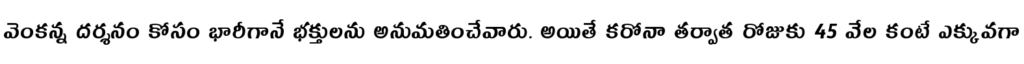
వెంకన్న దర్శనం కోసం భారీగానే భక్తులను అనుమతించేవారు. అయితే కరోనా తర్వాత రోజుకు 45 వేల కంటే ఎక్కువగా